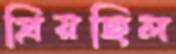
প্রিয়ছিল